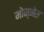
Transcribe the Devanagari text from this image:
मोन्‍नेस